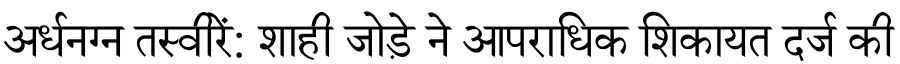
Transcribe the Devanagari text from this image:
अर्धनग्न तस्वीरें: शाही जोड़े ने आपराधिक शिकायत दर्ज की